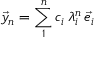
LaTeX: { \vec { y } } _ { n } = \sum _ { 1 } ^ { n } { c _ { i } \, \lambda _ { i } ^ { n } \, { \vec { e } } _ { i } }